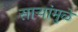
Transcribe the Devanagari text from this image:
साऱ्यांमुळे